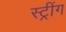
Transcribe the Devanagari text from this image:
स्ट्रींग